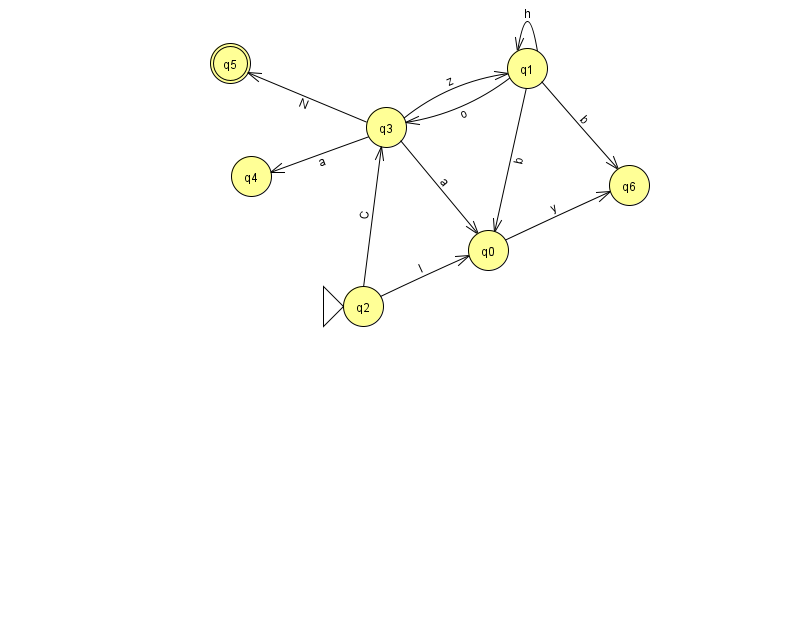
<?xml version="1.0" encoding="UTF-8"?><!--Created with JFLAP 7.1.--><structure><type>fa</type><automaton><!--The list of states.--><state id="0" name="q0"><x>488.0</x><y>237.0</y></state><state id="1" name="q1"><x>527.0</x><y>55.0</y></state><state id="2" name="q2"><x>363.0</x><y>293.0</y><initial/></state><state id="3" name="q3"><x>386.0</x><y>114.0</y></state><state id="4" name="q4"><x>251.0</x><y>163.0</y></state><state id="5" name="q5"><x>230.0</x><y>50.0</y><final/></state><state id="6" name="q6"><x>629.0</x><y>172.0</y></state><!--The list of transitions.--><transition><from>0</from><to>6</to><read>y</read></transition><transition><from>1</from><to>0</to><read>b</read></transition><transition><from>3</from><to>1</to><read>z</read></transition><transition><from>3</from><to>4</to><read>a</read></transition><transition><from>1</from><to>3</to><read>o</read></transition><transition><from>1</from><to>1</to><read>h</read></transition><transition><from>1</from><to>6</to><read>b</read></transition><transition><from>2</from><to>0</to><read>l</read></transition><transition><from>3</from><to>5</to><read>N</read></transition><transition><from>3</from><to>0</to><read>a</read></transition><transition><from>2</from><to>3</to><read>C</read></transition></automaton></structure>